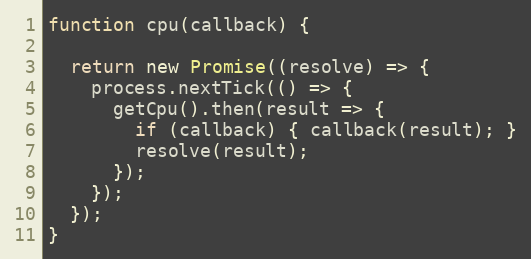
Language: JavaScript
function cpu(callback) {

  return new Promise((resolve) => {
    process.nextTick(() => {
      getCpu().then(result => {
        if (callback) { callback(result); }
        resolve(result);
      });
    });
  });
}